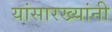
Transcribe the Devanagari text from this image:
यांसारख्यांनी